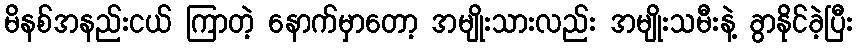
မိနစ်အနည်းငယ် ကြာတဲ့ နောက်မှာတော့ အမျိုးသားလည်း အမျိုးသမီးနဲ့ ခွာနိုင်ခဲ့ပြီး